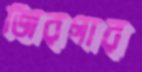
জিরগার